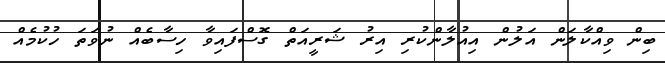
ބިން ވިއްކާލަން އަލުން އިއުލާންކުރި އިރު ޝަރީއަތް ގޮސްފައިވާ ހިސާބެއް ނުވަތަ ހުކުމެއް